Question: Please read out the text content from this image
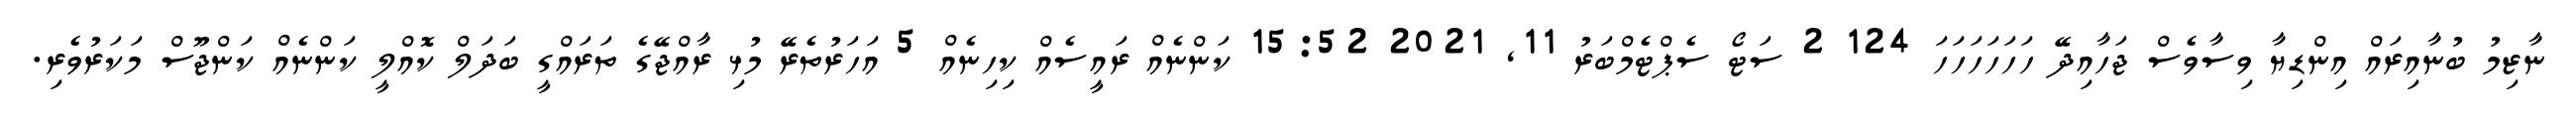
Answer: ނާޒިމު ބުނާއިރައް އިންޑިޔާ ވިސާވެސް ޖަހާއިދޭ ހަހަހަހަހަހަ 124 2 ސަޓޯ ސެޕްޓެމްބަރު 11, 2021 15:52 ކަންނެއް ރައީސެއް ކިހިނެއް 5 އަހަރުތެރޭ މުޅި ރާއްޖޭގެ ތަރައްގީ ބަދަލް ކޮއްލީ ކަންނެއް ކަންޖޫސް މަކަރުވެރި.